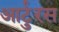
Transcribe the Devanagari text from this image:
आर्टुरस